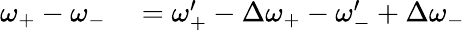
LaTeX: \begin{array}{rl}{\omega_{+}-\omega_{-}}&{{}=\omega_{+}^{\prime}-\Delta\omega_{+}-\omega_{-}^{\prime}+\Delta\omega_{-}}\end{array}